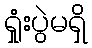
ရှုံးပွဲမရှိ